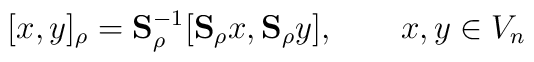
[x,y]_\rho = \mathbf{S}_\rho^{-1}[\mathbf{S}_{\rho}x,\mathbf{S}_{\rho}y],\qquad x,y \in V_n